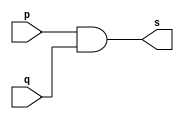
// ------------------------- 
// Exemplo0014 - AND 
// Nome: Rafael Santos Moura
// ------------------------- 

// --------------------- 
// -- and gate 
// --------------------- 

	module andgate (output s, input p, input q); 
	assign s = p & q; 
	endmodule // and

// --------------------- 
// -- test andgate 
// --------------------- 

	module testandgate; 

// ------------------------- dados locais 
	reg a,b,c,d; // definir registrador 
	wire s1, s2, s; // definir conexao (fio) 
	
// ------------------------- instancia 
	andgate AND1 (s1, a, b); 
	andgate AND2 (s2, s1, c);
	andgate AND3 (s, s2, d);

// ------------------------- preparacao 
	initial begin:start 
	a=0;
	b=0;
	c=0;
	d=0;
end 

// ------------------------- parte principal 
	initial begin:main 
	$display("Exemplo0014 - Rafael Santos Moura - 441705"); 
	$display("Test and gate"); 
	$display("\n a & b & c & d = s\n"); 
	$monitor(" %b & %b & %b & %b = %b", a, b, c, d, s); 
	#1 a=0; b=0; c=0; d=0;
	#1 a=0; b=0; c=0; d=1;
	#1 a=0; b=0; c=1; d=0;
	#1 a=0; b=0; c=1; d=1;
	#1 a=0; b=1; c=0; d=0;
	#1 a=0; b=1; c=0; d=1;
	#1 a=0; b=1; c=1; d=1;
	#1 a=1; b=0; c=0; d=0;
	#1 a=1; b=0; c=0; d=1;
	#1 a=1; b=0; c=1; d=0;
	#1 a=1; b=0; c=1; d=1;
	#1 a=1; b=1; c=0; d=0;
	#1 a=1; b=1; c=0; d=1;
	#1 a=1; b=1; c=1; d=0;
	#1 a=1; b=1; c=1; d=1;
end 

endmodule // testandgate